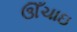
ઊઁચાઇ